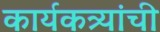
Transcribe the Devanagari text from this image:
कार्यकत्र्यांची